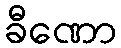
ခီဏော